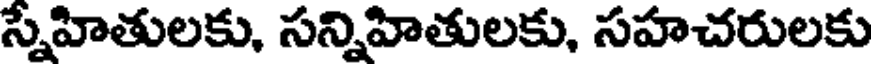
స్నేహితులకు, సన్నిహితులకు, సహచరులకు